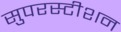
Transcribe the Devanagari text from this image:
सुपरस्टीशन